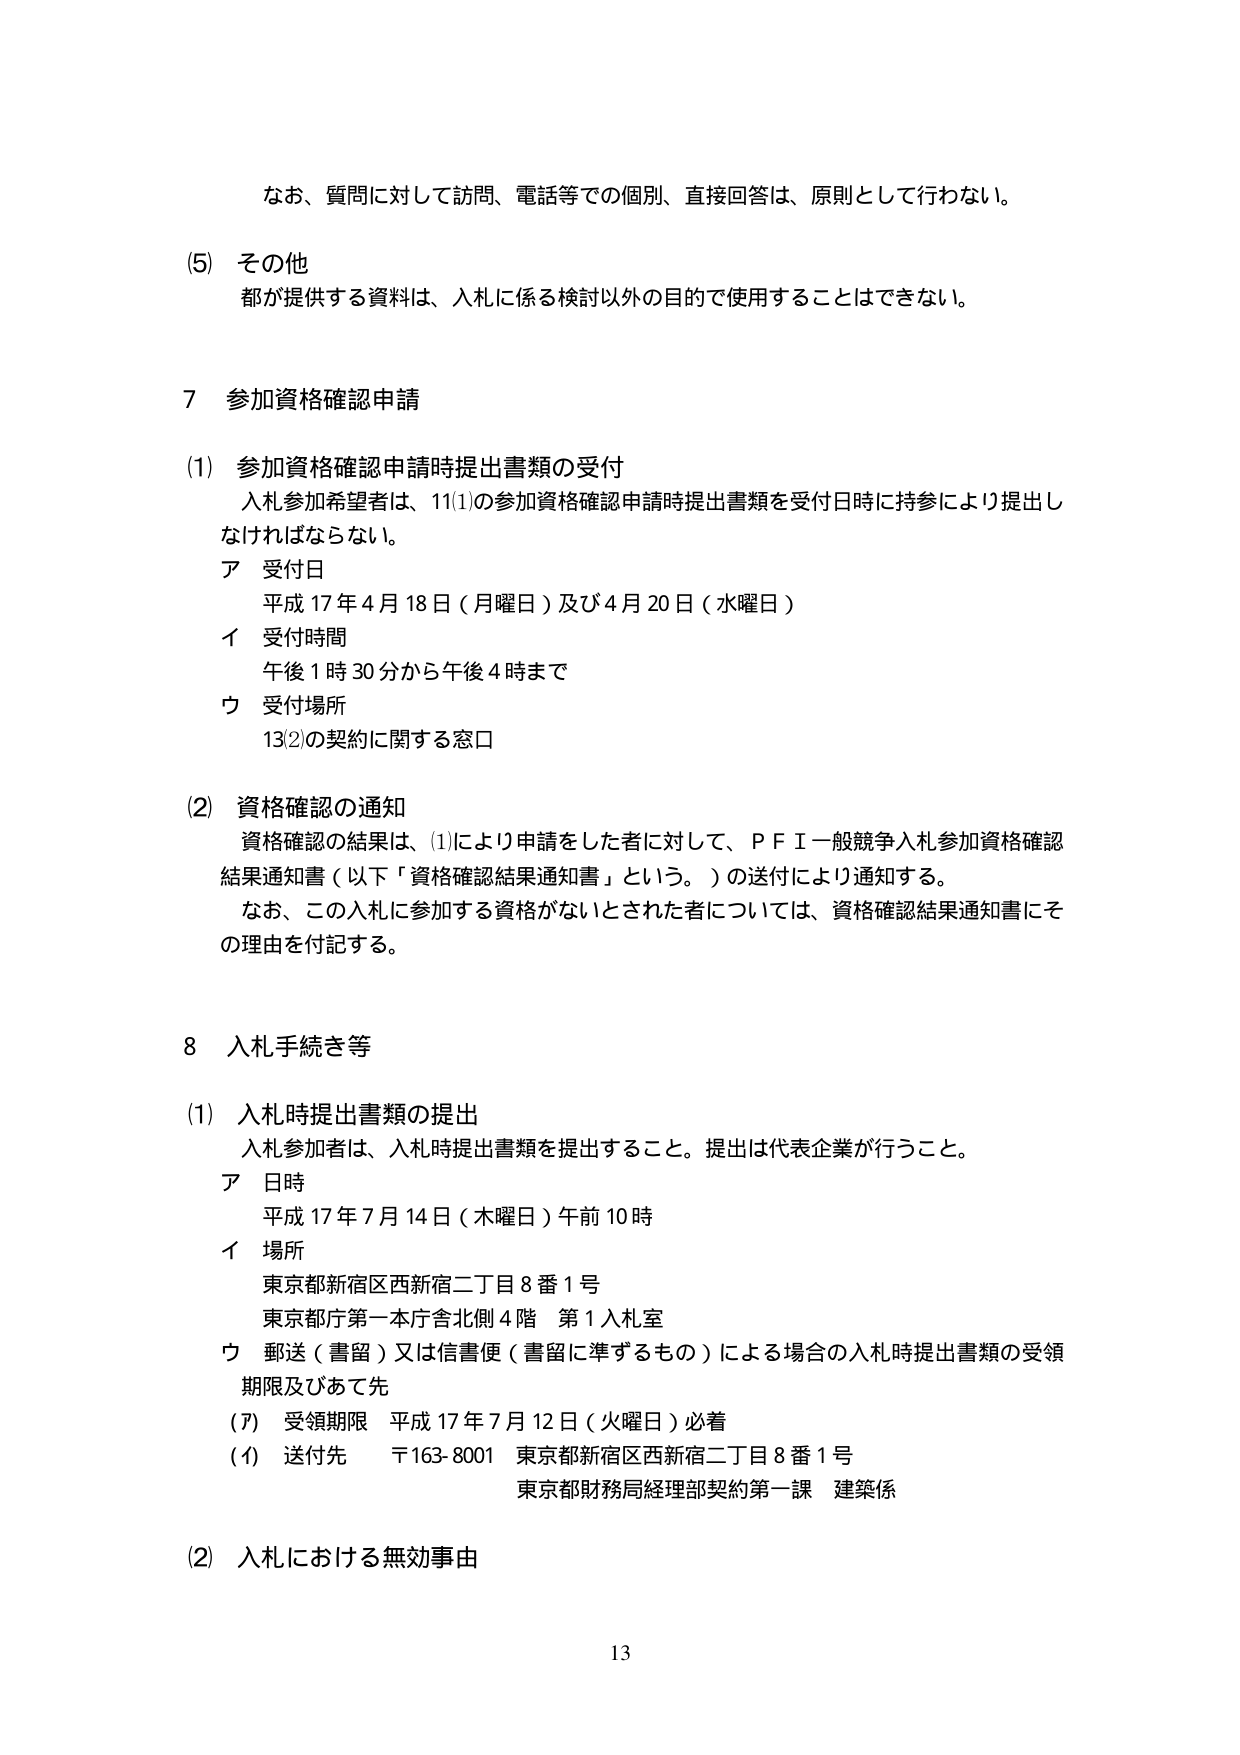
なお、質問に対して訪問、電話等での個別、直接回答は、原則として行わない。

(5) その他
都が提供する資料は、入札に係る検討以外の目的で使用することはできない。

7 参加資格確認申請

(1) 参加資格確認申請時提出書類の受付
入札参加希望者は、11(1)の参加資格確認申請時提出書類を受付日時に持参により提出しなければならない。
ア 受付日
　平成17年4月18日（月曜日）及び4月20日（水曜日）
イ 受付時間
　午後1時30分から午後4時まで
ウ 受付場所
　13(2)の契約に関する窓口

(2) 資格確認の通知
資格確認の結果は、(1)により申請をした者に対して、ＰＦＩ一般競争入札参加資格確認結果通知書（以下「資格確認結果通知書」という。）の送付により通知する。
なお、この入札に参加する資格がないとされた者については、資格確認結果通知書にその理由を付記する。

8 入札手続き等

(1) 入札時提出書類の提出
入札参加者は、入札時提出書類を提出すること。提出は代表企業が行うこと。
ア 日時
　平成17年7月14日（木曜日）午前10時
イ 場所
　東京都新宿区西新宿二丁目8番1号
　東京都庁第一本庁舎北側4階 第1入札室
ウ 郵送（書留）又は信書便（書留に準ずるもの）による場合の入札時提出書類の受領期限及びあて先
　(ｱ) 受領期限 平成17年7月12日（火曜日）必着
　(ｲ) 送付先 〒163-8001 東京都新宿区西新宿二丁目8番1号
　　　　　　　東京都財務局経理部契約第一課 建築係

(2) 入札における無効事由

13